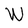
Character: W